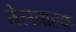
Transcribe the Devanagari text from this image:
तेलवाहक